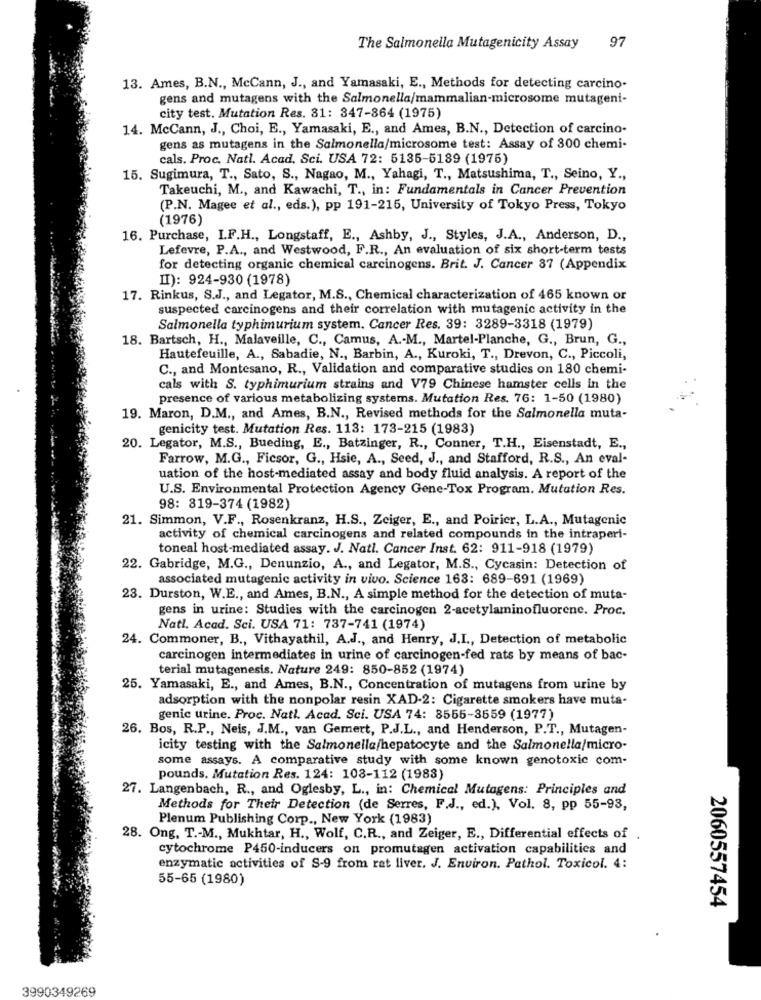
The Salmonella Mutagenicity Assay
97
13. Ames, B.N ., McCann, J ., and Yamasaki, E ., Methods for detecting carcino-
gens and mutagens with the Salmonella/mammalian-microsome mutageni-
city test. Mutation Res. 31: 347-864 (1975)
14. McCann, J ., Choi, E ., Yamasaki, E ., and Ames, B.N ., Detection of carcino-
gens as mutagens in the Salmonella/microsome test: Assay of 300 chemi-
cals. Proc. Natl. Acad, Sci. USA 72: 5135-5189 (1975)
15. Sugimura, T ., Sato, S ., Nagao, M ., Yahagi, T ., Matsushima, T ., Seino, Y .,
Takeuchi, M ., and Kawachi, T ., in: Fundamentals in Cancer Prevention
(P.N. Magee et al ., eds.), pp 191-215, University of Tokyo Press, Tokyo
(1976)
16. Purchase, I.F.H ., Longstaff, E ., Ashby, J ., Styles, J.A ., Anderson, D .,
Lefevre, P.A ., and Westwood, F.R ., An evaluation of six short-term tests
for detecting organic chemical carcinogens. Brit. J. Cancer 37 (Appendix
II): 924-930 (1978)
17. Rinkus, S.J ., and Legator, M.S ., Chemical characterization of 465 known or
suspected carcinogens and their correlation with mutagenic activity in the
Salmonella typhimurium system. Cancer Res. 39: 3289-3318 (1979)
18. Bartsch, H ., Malaveille, C ., Camus, A .- M ., Martel-Planche, G ., Brun, G .,
Hautefeuille, A ., Sabadie, N ., Barbin, A ., Kuroki, T ., Drevon, C ., Piccoli,
C ., and Montesano, R ., Validation and comparative studies on 180 chemi-
cals with S. typhimurium strains and V79 Chinese hamster cells in the
presence of various metabolizing systems. Mutation Res. 76: 1-50 (1980)
19. Maron, D.M ., and Ames, B.N ., Revised methods for the Salmonella muta-
genicity test. Mutation Res. 113: 173-215 (1983)
20. Legator, M.S ., Bueding, E ., Batzinger, R ., Conner, T.H ., Eisenstadt, E .,
Farrow, M.G ., Ficsor, G ., Hsie, A ., Seed, J ., and Stafford, R.S ., An eval-
uation of the host-mediated assay and body fluid analysis. A report of the
U.S. Environmental Protection Agency Gene-Tox Program. Mutation Res.
98: 819-374 (1982)
21. Simmon, V.F ., Rosenkranz, H.S ., Zeiger, E ., and Poirier, L.A ., Mutagenic
activity of chemical carcinogens and related compounds in the intraperi-
toneal host-mediated assay. J. Natl. Cancer Inst. 62: 911-918 (1979)
22. Gabridge, M.G ., Denunzio, A ., and Legator, M.S ., Cycasin: Detection of
associated mutagenic activity in vivo. Science 163: 689-691 (1969)
23. Durston, W.E ., and Ames, B.N ., A simple method for the detection of muta-
gens in urine: Studies with the carcinogen 2-acetylaminofluorene. Proc.
Natl. Acad. Sci. USA 71: 737-741 (1974)
24. Commoner, B ., Vithayathil, A.J ., and Henry, J.I ., Detection of metabolic
carcinogen intermediates in urine of carcinogen-fed rats by means of bac-
terial mutagenesis. Nature 249: 850-852 (1974)
25. Yamasaki, E ., and Ames, B.N ., Concentration of mutagens from urine by
adsorption with the nonpolar resin XAD-2: Cigarette smokers have muta-
genic urine. Proc. Natl. Acad. Sci. USA 74: 8555-3559 (1977)
26. Bos, R.P ., Neis, J.M ., van Gemert, P.J.L ., and Henderson, P.T ., Mutagen-
icity testing with the Salmonella/hepatocyte and the Salmonella/micro-
some assays. A comparative study with some known genotoxic com-
pounds. Mutation Res. 124: 108-112 (1983)
27. Langenbach, R ., and Oglesby, L ., in: Chemical Mutagens: Principles and
Methods for Their Detection (de Serres, F.J ., ed.), Vol. 8, pp 55-93,
Plenum Publishing Corp ., New York (1983)
28. Ong. T .- M ., Mukhtar, H ., Wolf, C.R ., and Zeiger, E ., Differential effects of .
cytochrome P450-inducers on promutagen activation capabilities and
enzymatic activities of S-9 from rat liver. J. Environ. Pathol. Toxicol. 4:
55-65 (1980)
2060557454
3990349269